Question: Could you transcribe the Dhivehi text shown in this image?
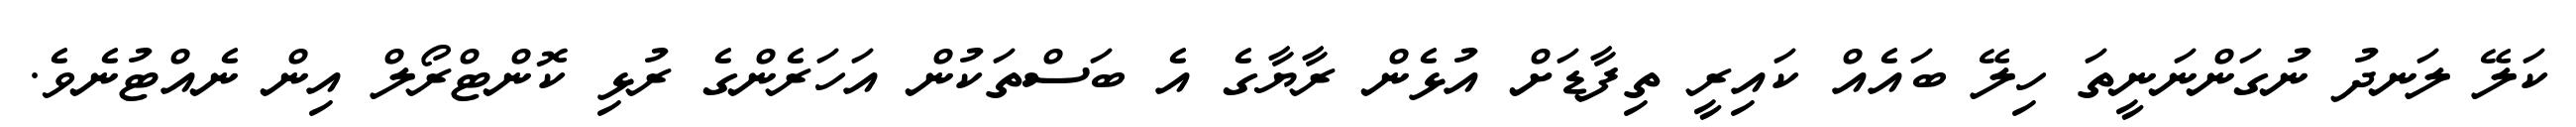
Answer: ކަލޭ ލަނދު ނުގަންނަނީތަ ހިލޭ ބައެއް ކައިރީ ތިފާޑަށް އުޅެން ރާޔާގެ އެ ބަސްތަކުން އަހަރެންގެ ރުޅި ކޮންޓްރޯލް އިން ނެއްޓުނެވެ.